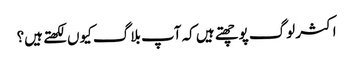
اکثر لوگ پوچھتے ہیں کہ آپ بلاگ کیوں لکھتے ہیں؟